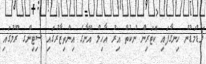
މަޑުމަޑުން ހިނގާފައި ކޮޓަރިން ނުކުތް އިރު އާހިލް އޭނާގެ އިންތިޒާރުގައި ސިޓިންގ ރޫމުގައި